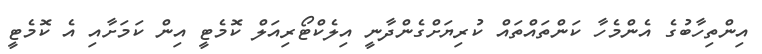
އިންތިހާބުގެ އެންމެހާ ކަންތައްތައް ކުރިޔަށްގެންދާނީ އިލެކްޓޯރިއަލް ކޮމެޓީ އިން ކަމަށާއި އެ ކޮމެޓީ